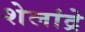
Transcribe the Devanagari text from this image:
शेलांद्रे